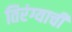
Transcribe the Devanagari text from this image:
तिरंग्याची